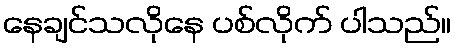
နေချင်သလိုနေ ပစ်လိုက် ပါသည်။